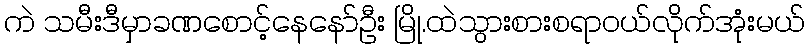
ကဲ သမီးဒီမှာခဏစောင့်နေနော်ဦး မြို.ထဲသွားစားစရာဝယ်လိုက်အုံးမယ်